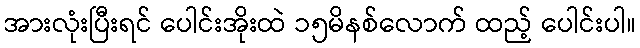
အားလုံးပြီးရင် ပေါင်းအိုးထဲ ၁၅မိနစ်လောက် ထည့် ပေါင်းပါ။